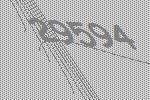
29594